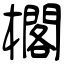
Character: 櫊